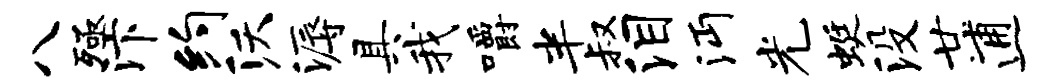
八殛汴约沃溽具我嚼半叔泪沔光蜓没廿逋